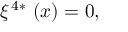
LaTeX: \xi ^ { \, 4 \ast } \, \left( x \right) = 0 ,